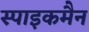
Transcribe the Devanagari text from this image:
स्पाइकमैन